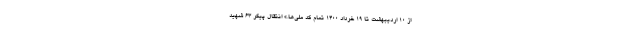
از ۱۰ اردیبهشت تا ۱۹ خرداد ۱۴۰۰ تمام کد ملی‌ها.» انتقال پیکر ۶۳ شهید